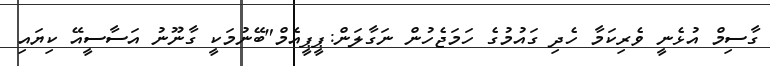
ގާސިމް އުޅެނީ ވެރިކަމާ ހެދި ގައުމުގެ ހަމަޖެހުން ނަގާލަން:ޕީޕީއެމް"ބޭނުމަކީ ގާނޫނު އަސާސީއޭ ކިޔައި